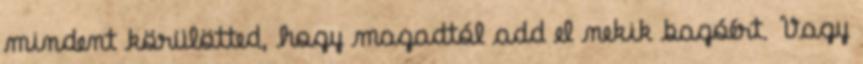
mindent körülötted, hogy magadtól add el nekik bagóért. Vagy